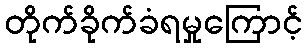
တိုက်ခိုက်ခံရမှုကြောင့်